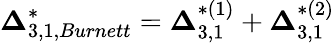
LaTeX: {\boldsymbol{\Delta}}_{3,1,Burnett}^{*}={\boldsymbol{\Delta}}_{3,1}^{*(1)}+{\boldsymbol{\Delta}}_{3,1}^{*(2)}